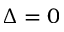
\Delta = 0